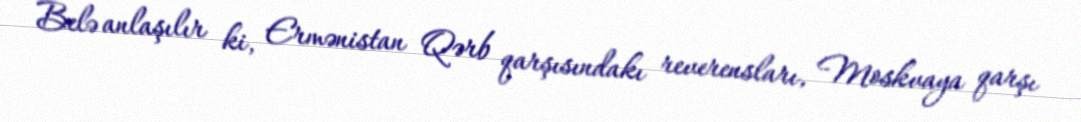
Belə anlaşılır ki, Ermənistan Qərb qarşısındakı reverensları, Moskvaya qarşı